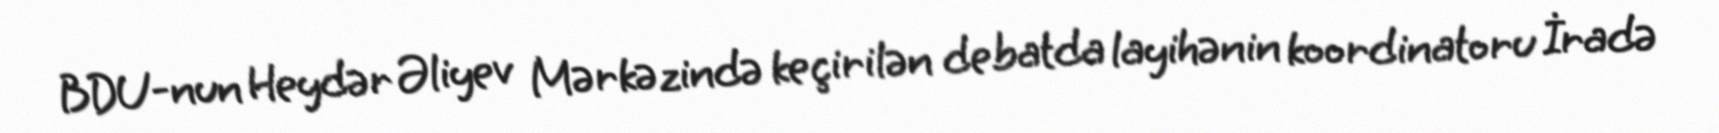
BDU-nun Heydər Əliyev Mərkəzində keçirilən debatda layihənin koordinatoru İradə